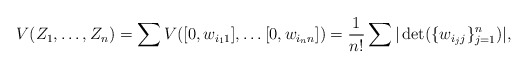
\begin{align*}V(Z_1, \dots, Z_n)=\sum V([0, w_{i_11}],\dots [0, w_{i_nn}])= \frac{1}{n!}\sum|\det(\{w_{i_jj}\}_{j=1}^n)|,\end{align*}